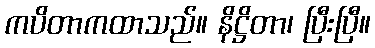
ကပိတာကထာသည်။ နိဋ္ဌိတာ၊ ပြီးပြီ။